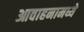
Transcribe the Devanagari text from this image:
आवाहनामध्ये